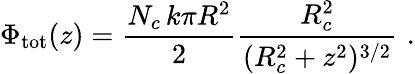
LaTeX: \Phi_{\mathrm{tot}}(z)=\frac{N_{c}\, k\pi R^{2}}{2}\frac{R_{c}^{2}}{(R_{c}^{2}+z^{2})^{3/2}}\, \, .